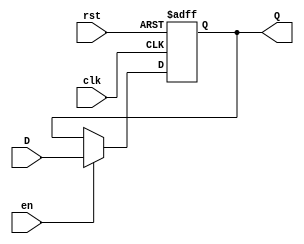
module InputRegister #(
    parameter BIT_WIDTH = 8  // Parameter for the width of the register
)(
    input wire clk,           // Clock signal
    input wire rst,           // Asynchronous reset signal
    input wire en,            // Enable signal
    input wire [BIT_WIDTH-1:0] D,  // Input data lines
    output reg [BIT_WIDTH-1:0] Q   // Output data lines
);

    // Always block for synchronous reset and data capture
    always @(posedge clk or posedge rst) begin
        if (rst) begin
            Q <= {BIT_WIDTH{1'b0}};  // Asynchronous reset to zero
        end else if (en) begin
            Q <= D;                  // Capture input data on clock edge
        end
        // If enable is low, retain the previous value of Q
    end

endmodule